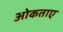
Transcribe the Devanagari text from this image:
ओकताए